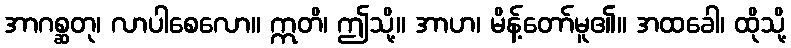
အာဂစ္ဆတု၊ လာပါစေလော။ ဣတိ၊ ဤသို့။ အာဟ၊ မိန့်တော်မူ၏။ အထခေါ၊ ထိုသို့